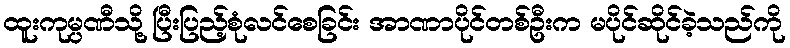
ထူးကုမ္ပဏီသို့ ပြီးပြည့်စုံလင်စေခြင်း အာဏာပိုင်တစ်ဦးက မပိုင်ဆိုင်ခဲ့သည်ကို